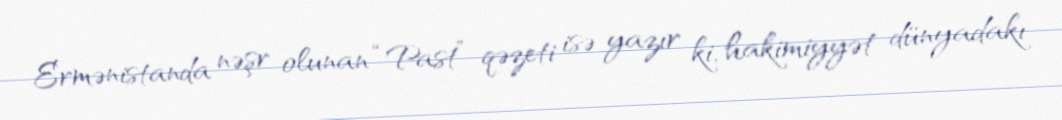
Ermənistanda nəşr olunan “Past” qəzeti isə yazır ki, hakimiyyət dünyadakı